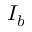
I _ { b }